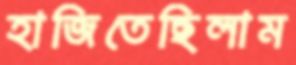
হাজিতেছিলাম